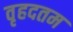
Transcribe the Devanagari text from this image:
वृहदतम